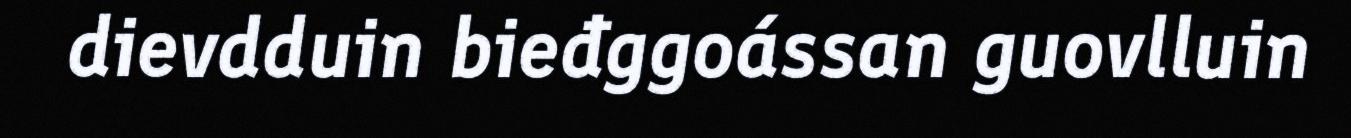
dievdduin bieđggoássan guovlluin